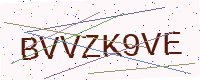
Text: BVVZK9VE